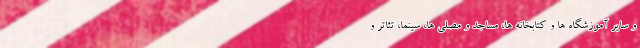
و سایر آموزشگاه ها و کتابخانه ها، مساجد و مصلی ها، سینما، تئاتر و